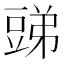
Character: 𧯪